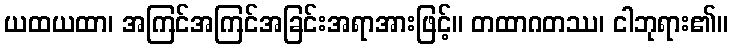
ယထယထာ၊ အကြင်အကြင်အခြင်းအရာအားဖြင့်။ တထာဂတဿ၊ ငါဘုရား၏။